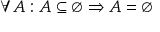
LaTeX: \forall A : A \subseteq \varnothing \Rightarrow A = \varnothing